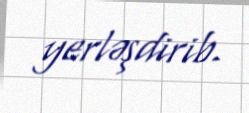
yerləşdirib.